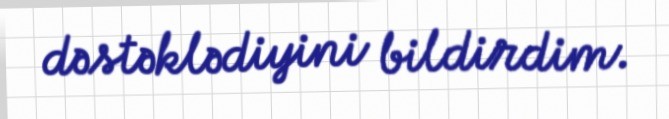
dəstəklədiyini bildirdim.